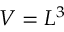
V = L ^ { 3 }